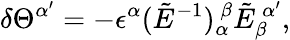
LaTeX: \delta\Theta^{\alpha^{\prime}}=-\epsilon^{\alpha}(\tilde{E}^{-1})_{\alpha}^{\ \beta}\tilde{E}_{\beta}^{\ \alpha^{\prime}},